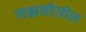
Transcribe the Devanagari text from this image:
गझनीतील